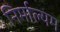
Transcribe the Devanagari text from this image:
निर्माल्यम